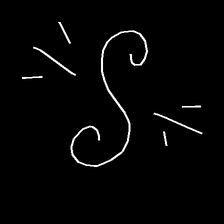
Glyph: wind-directs-air